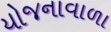
યોજનાવાળા